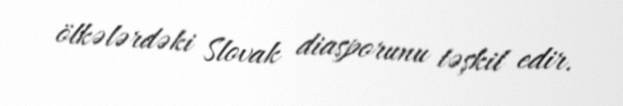
ölkələrdəki Slovak diasporunu təşkil edir.